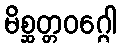
မိစ္ဆတ္တဝဂ္ဂေါ